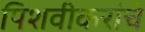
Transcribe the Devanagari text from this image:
पिशवीकरांचे